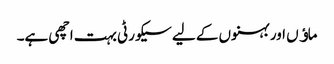
ماﺅں اور بہنوں کے لیے سیکورٹی بہت اچھی ہے۔